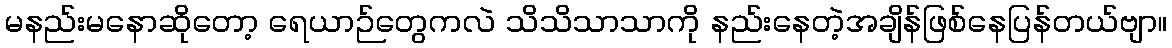
မနည်းမနောဆိုတော့ ရေယာဉ်တွေကလဲ သိသိသာသာကို နည်းနေတဲ့အချိန်ဖြစ်နေပြန်တယ်ဗျာ။